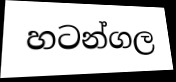
හටන්ගල